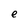
Character: e